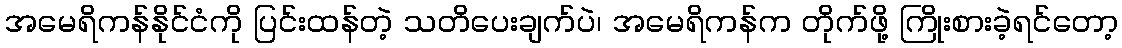
အမေရိကန်နိုင်ငံကို ပြင်းထန်တဲ့ သတိပေးချက်ပဲ၊ အမေရိကန်က တိုက်ဖို့ ကြိုးစားခဲ့ရင်တော့